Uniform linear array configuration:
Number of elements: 48
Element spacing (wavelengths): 0.5
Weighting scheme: hann
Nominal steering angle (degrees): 45
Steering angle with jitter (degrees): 44.455
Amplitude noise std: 0.05
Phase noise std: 0.05

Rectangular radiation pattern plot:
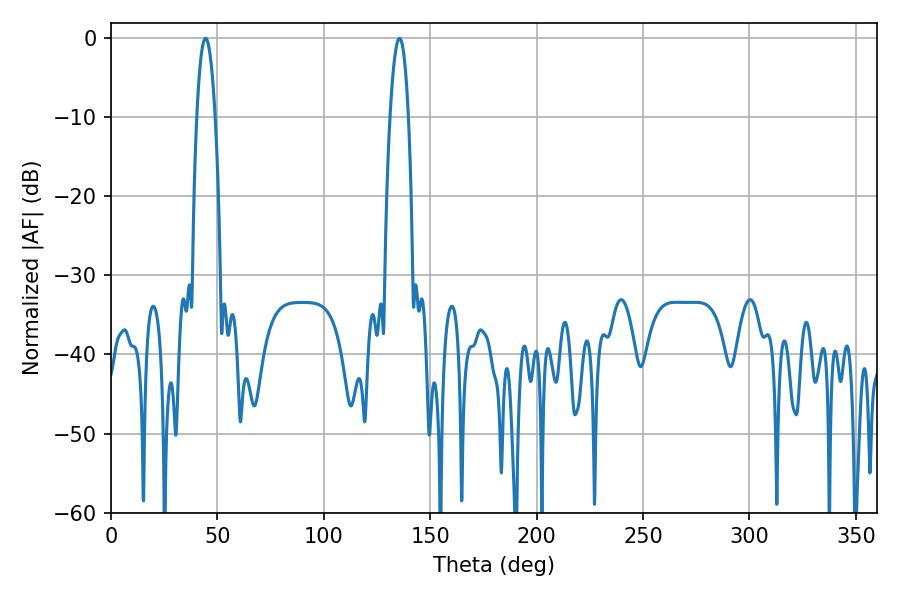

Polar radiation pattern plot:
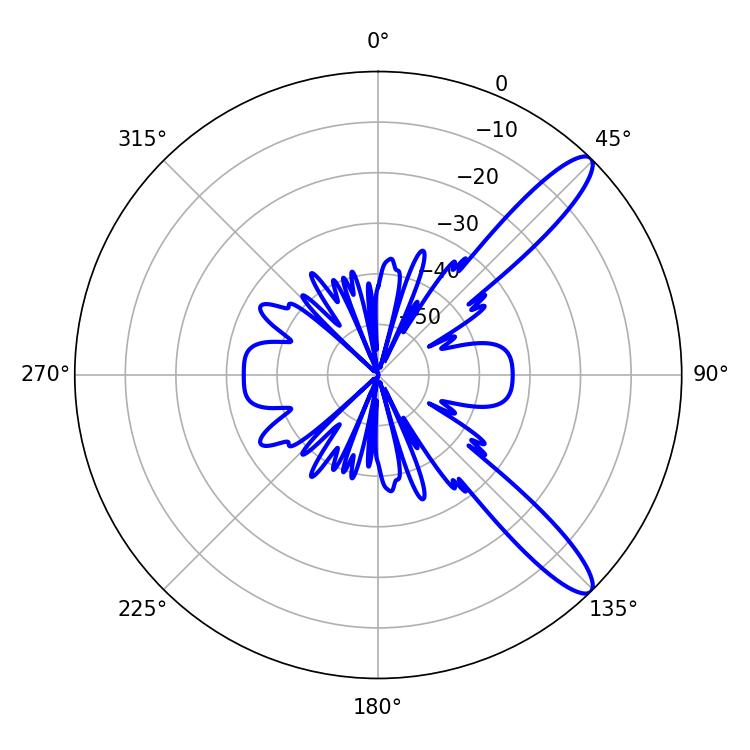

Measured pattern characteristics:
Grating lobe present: FALSE
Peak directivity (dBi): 12.004
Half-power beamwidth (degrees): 4.68
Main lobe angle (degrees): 44.46